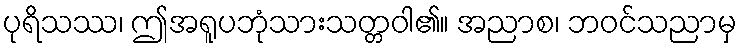
ပုရိသဿ၊ ဤအရူပဘုံသားသတ္တဝါ၏။ အညာစ၊ ဘဝင်သညာမှ